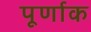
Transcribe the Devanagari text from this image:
पूर्णाक